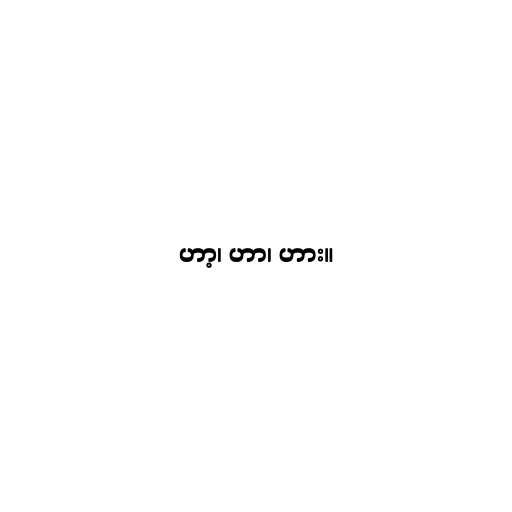
ဟာ့၊ ဟာ၊ ဟား။